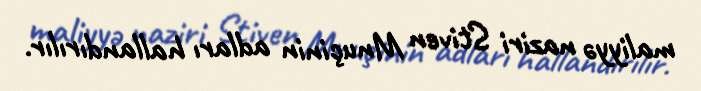
maliyyə naziri Stiven Mnuçinin adları hallandırılır.